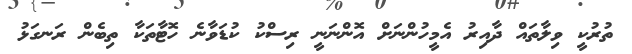
ތުރުކީ ވިލާތައް ދާއިރު އެމީހުންނަށް އޮންނަނީ ރިސްކު ކުޑަވާނެ ހޮޓާތަކާ ތިބެން ރަނގަޅު